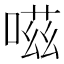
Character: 嗞